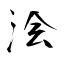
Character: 浍